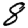
Digit: 8